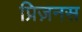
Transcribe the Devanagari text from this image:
प्रिज़नस